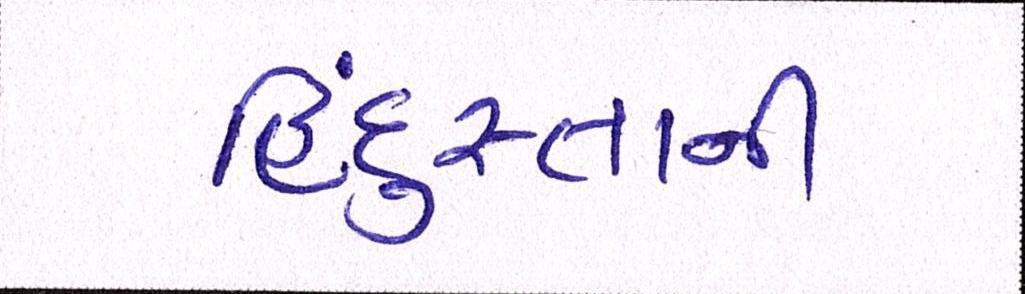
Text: હિંદુસ્તાની